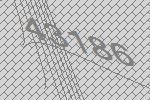
43186